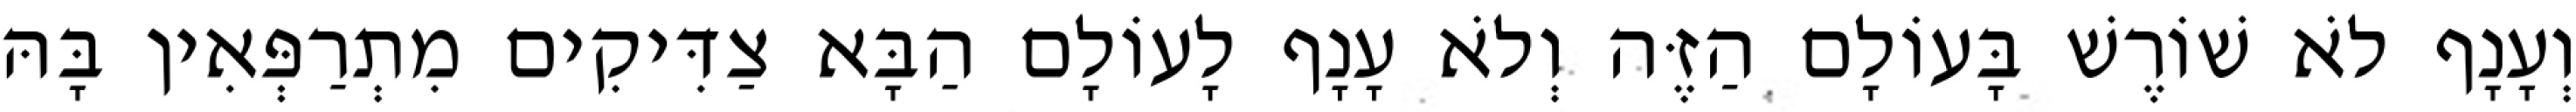
וְעָנָף לֹא שׁוֹרֶשׁ בָּעוֹלָם הַזֶּה וְלֹא עָנָף לָעוֹלָם הַבָּא צַדִּיקִים מִתְרַפְּאִין בָּהּ